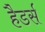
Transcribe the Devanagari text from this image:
हैडर्स